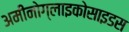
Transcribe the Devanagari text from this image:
अमीनोग्लाइकोसाइडस